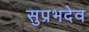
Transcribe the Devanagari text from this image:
सुप्रभदेव